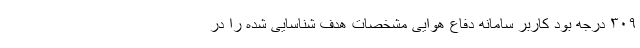
۳۰۹ درجه بود کاربر سامانه دفاع هوایی مشخصات هدف شناسایی شده را در